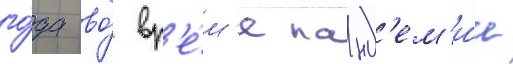
го́да во́ вр'е́м'я панд'ем'и́и